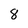
Character: 8